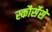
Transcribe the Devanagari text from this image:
स्कौर्सेसे